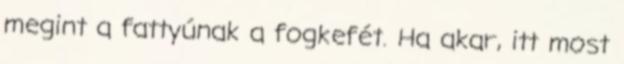
megint a fattyúnak a fogkefét. Ha akar, itt most